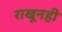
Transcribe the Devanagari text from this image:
राखूनही